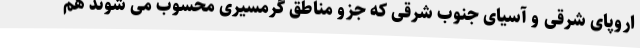
اروپای شرقی و آسیای جنوب شرقی که جزو مناطق گرمسیری محسوب می شوند هم